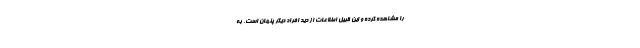
را مشاهده کرده و این قبیل اطلاعات از دید افراد دیگر پنهان است. به